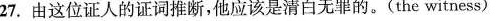
27.由这位证人的证词推断，他应该是清白无罪的。(the witness)